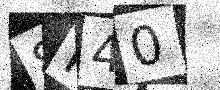
Text: 8F40